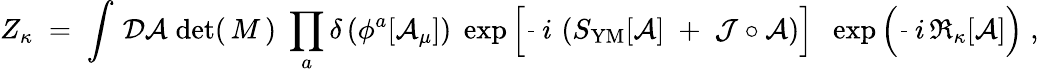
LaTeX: Z_{\kappa}\; =\; \int\, {\cal D}{\cal A}\; \mathrm{det}(\, M\, )\; \prod_{a}\delta\left(\phi^{a}[{\cal A}_{\mu}]\right)\; \exp\left[\frac{}{}\, i\, \left(S_{\mathrm{YM}}[{\cal A}]\; +\; {\cal J}\circ{\cal A}\right)\right]\; \; \exp\left(\frac{}{}\, i\, \Re_{\kappa}[{\cal A}]\right)\; ,